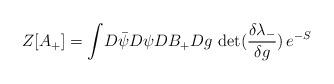
LaTeX: \begin{align*} Z[A_{+} ] = \int \! D \bar{\psi} D \psi D B_{+} D g \,\, {\rm det}(\frac{\delta \lambda_{-}}{\delta g}) \, e^{-S}\end{align*}